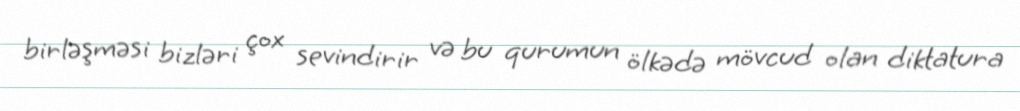
birləşməsi bizləri çox sevindirir və bu qurumun ölkədə mövcud olan diktatura